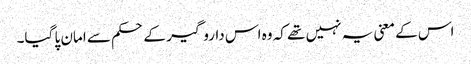
اس کے معنی یہ نہیں تھے کہ وہ اس داروگیر کے حکم سے امان پا گیا۔